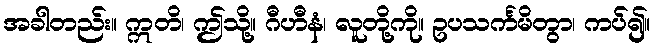
အခါတည်း။ ဣတိ၊ ဤသို့။ ဂီဟီနံ၊ လူတို့ကို။ ဥပသင်္ကမိတွာ၊ ကပ်၍။